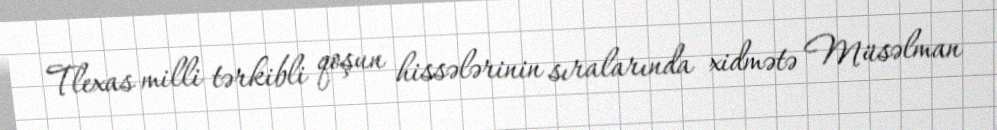
Tlexas milli tərkibli qoşun hissələrinin sıralarında xidmətə Müsəlman